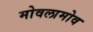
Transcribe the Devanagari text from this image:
मोवलामोव